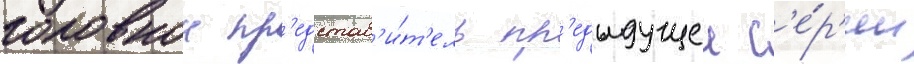
головнои пр'едстав'и́т'ель пр'едыдущеи с'е́р'ии